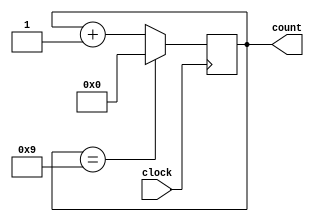
module decade_counter (
    input wire clock,
    output reg [3:0] count
);

reg [3:0] next_count;

always @(posedge clock) begin
    if (count == 4'b1001) begin
        next_count <= 4'b0000;
    end
    else begin
        next_count <= count + 1;
    end
end

always @* begin
    count <= next_count;
end

endmodule